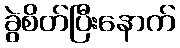
ခွဲစိတ်ပြီးနောက်